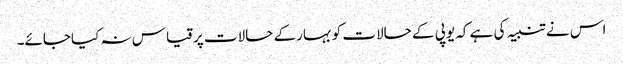
اس نے تنبیہ کی ہے کہ یوپی کے حالات کوبہارکے حالات پرقیاس نہ کیاجائے۔